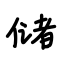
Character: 储